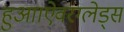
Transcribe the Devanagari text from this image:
हुआ।ऐवरग्लेड्स